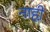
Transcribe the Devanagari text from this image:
नाही़